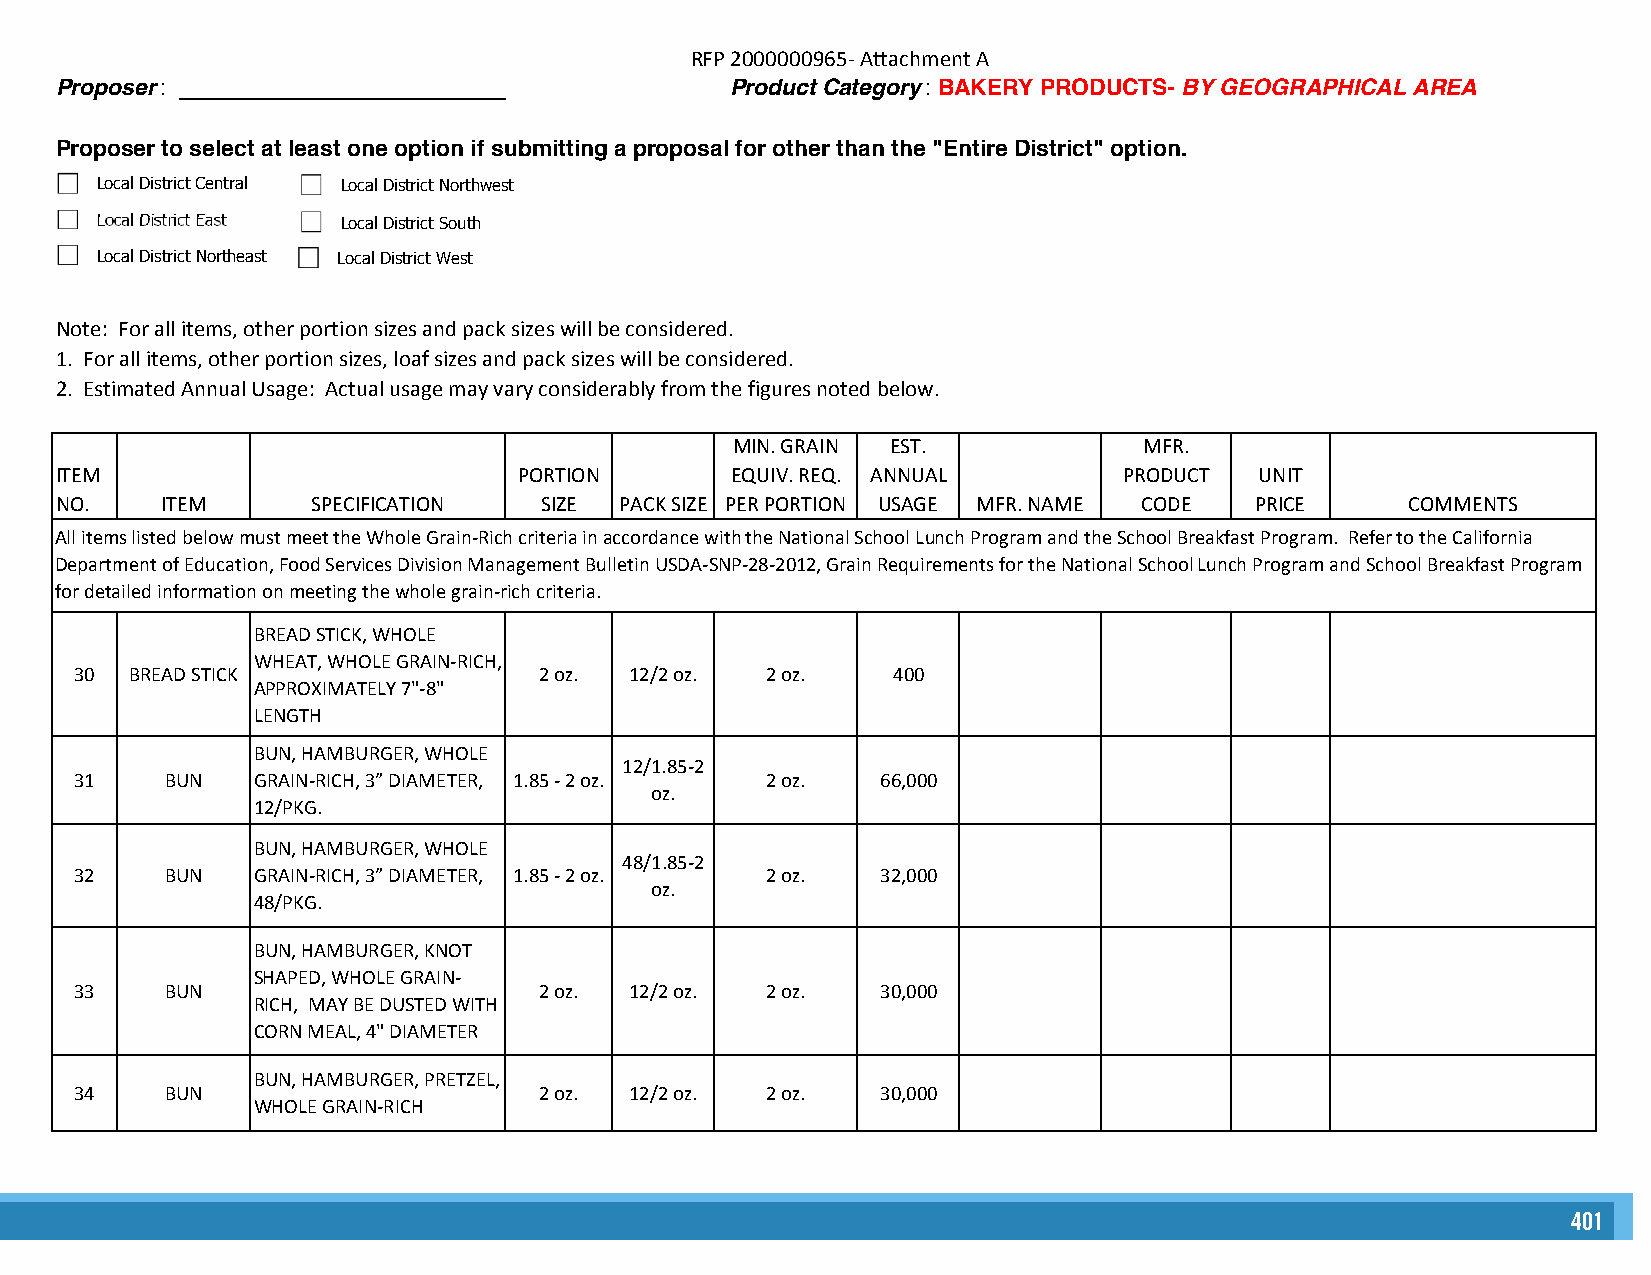
RFP 2000000965- Attachment A
 Proposer: __________________________        Product Category: BAKERY PRODUCTS- BY GEOGRAPHICAL AREA
 Proposer to select at least one option if submitting a proposal for other than the "Entire District" option.
 Local District Central Local District Northwest
 Local District East Local District South
 Local District Northeast Local District West
 Note: For all items, other portion sizes and pack sizes will be considered.
 1. For all items, other portion sizes, loaf sizes and pack sizes will be considered.
 2. Estimated Annual Usage: Actual usage may vary considerably from the figures noted below.
 MIN. GRAIN EST.             MFR.
 ITEM                          PORTION       EQUIV. REQ. ANNUAL        PRODUCT  UNIT
 NO.    ITEM      SPECIFICATION  SIZE PACK SIZE PER PORTION USAGE MFR. NAME CODE PRICE    COMMENTS
 All items listed below must meet the Whole Grain-Rich criteria in accordance with the National School Lunch Program and the School Breakfast Program. Refer to the California
 Department of Education, Food Services Division Management Bulletin USDA-SNP-28-2012, Grain Requirements for the National School Lunch Program and School Breakfast Program
 for detailed information on meeting the whole grain-rich criteria.
 BREAD STICK, WHOLE
 WHEAT, WHOLE GRAIN-RICH,
 30  BREAD STICK                2 oz. 12/2 oz. 2 oz.   400
 APPROXIMATELY 7"-8"
 LENGTH
 BUN, HAMBURGER, WHOLE
 12/1.85-2
 31    BUN   GRAIN-RICH, 3” DIAMETER, 1.85 - 2 oz. 2 oz. 66,000
 oz.
 12/PKG.
 BUN, HAMBURGER, WHOLE
 48/1.85-2
 32    BUN   GRAIN-RICH, 3” DIAMETER, 1.85 - 2 oz. 2 oz. 32,000
 oz.
 48/PKG.
 BUN, HAMBURGER, KNOT
 SHAPED, WHOLE GRAIN-
 33    BUN                      2 oz. 12/2 oz. 2 oz.  30,000
 RICH, MAY BE DUSTED WITH
 CORN MEAL, 4" DIAMETER
 BUN, HAMBURGER, PRETZEL,
 34    BUN                      2 oz. 12/2 oz. 2 oz.  30,000
 WHOLE GRAIN-RICH
 401